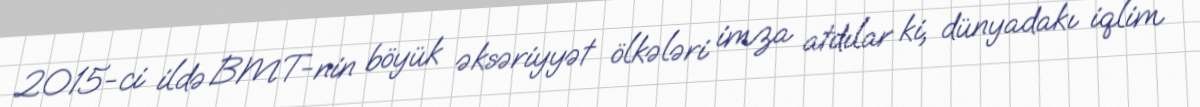
2015-ci ildə BMT-nin böyük əksəriyyət ölkələri imza atdılar ki, dünyadakı iqlim